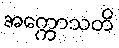
အက္ကောသတိ